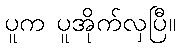
ပူက ပူအိုက်လှပြီ။